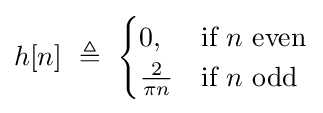
h[n]\ \triangleq \ {\begin{cases}0,&{\text{if }}n{\text{ even}}\\{\frac {2}{\pi n}}&{\text{if }}n{\text{ odd}}\end{cases}}